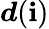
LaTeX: \boldsymbol{d}(\mathbf{i})